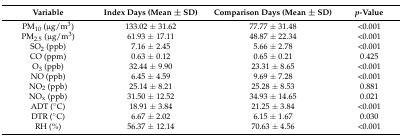
<table><thead><tr><td><b>Variable</b></td><td><b>Index Days (Mean ± SD)</b></td><td><b>Comparison Days (Mean ± SD)</b></td><td><b><i>p</i>-Value</b></td></tr></thead><tbody><tr><td>PM<sub>10</sub> (μg/m<sup>3</sup>)</td><td>133.02 ± 31.62</td><td>77.77 ± 31.48</td><td>&lt;0.001</td></tr><tr><td>PM<sub>2.5</sub> (μg/m<sup>3</sup>)</td><td>61.93 ± 17.11</td><td>48.87 ± 22.34</td><td>&lt;0.001</td></tr><tr><td>SO<sub>2</sub> (ppb)</td><td>7.16 ± 2.45</td><td>5.66 ± 2.78</td><td>&lt;0.001</td></tr><tr><td>CO (ppm)</td><td>0.63 ± 0.12</td><td>0.65 ± 0.21</td><td>0.425</td></tr><tr><td>O<sub>3</sub> (ppb)</td><td>32.44 ± 9.90</td><td>23.31 ± 8.65</td><td>&lt;0.001</td></tr><tr><td>NO (ppb)</td><td>6.45 ± 4.59</td><td>9.69 ± 7.28</td><td>&lt;0.001</td></tr><tr><td>NO<sub>2</sub> (ppb)</td><td>25.14 ± 8.21</td><td>25.28 ± 8.53</td><td>0.881</td></tr><tr><td>NO<sub>x</sub> (ppb)</td><td>31.50 ± 12.52</td><td>34.93 ± 14.65</td><td>0.021</td></tr><tr><td>ADT (°C)</td><td>18.91 ± 3.84</td><td>21.25 ± 3.84</td><td>&lt;0.001</td></tr><tr><td>DTR (°C)</td><td>6.67 ± 2.02</td><td>6.15 ± 1.67</td><td>0.030</td></tr><tr><td>RH (%)</td><td>56.37 ± 12.14</td><td>70.63 ± 4.56</td><td>&lt;0.001</td></tr></tbody></table>